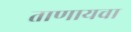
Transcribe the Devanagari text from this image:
ताणायचा